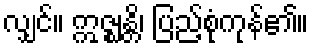
လျှင်။ ဣဇ္ဈန္တိ၊ ပြည့်စုံကုန်၏။